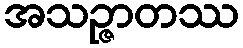
အသဉ္ဇာတဿ